Scottish Leaving Certificate Examination, 1957
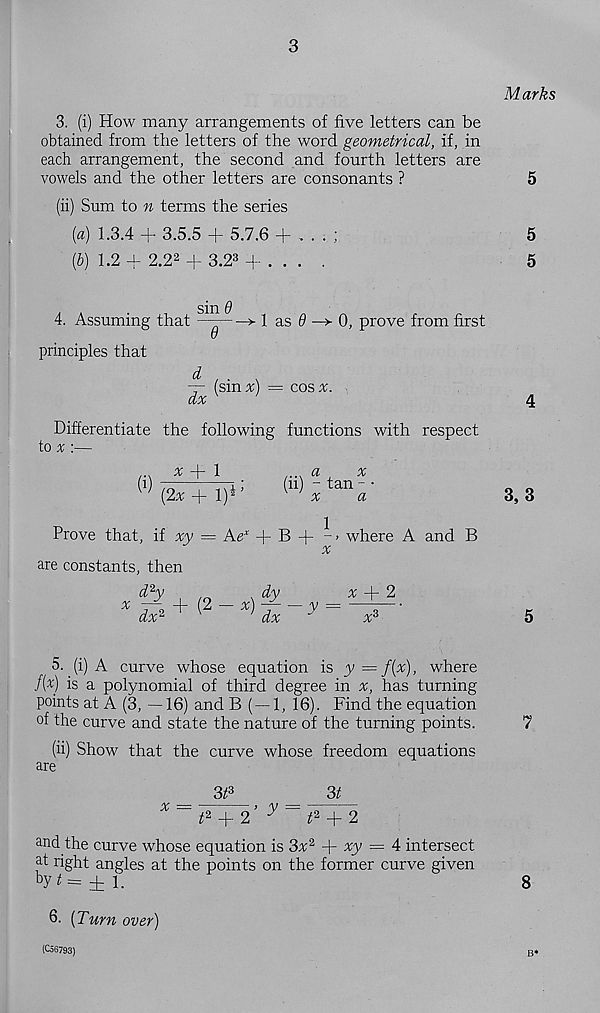
3
Marks
3. (i) How many arrangements of five letters can be
obtained from the letters of the word geometrical, if, in
each arrangement, the second and fourth letters are
vowels and the other letters are consonants ?
5
(ii) Sum to n terms the series
(a) 1.3.4 + 3.5.5 + 5.7.6 + ....;
5
{b) 1.2 + 2.2 2 + 3.2 3 + . . . .
5
4. Assuming that
principles that
sin 9
1 as 0 —> 0, prove from first
dx
(sin%) = cos:r.
Differentiate the following functions with respect
to * :—
(i)
* -f 1
{2x + l) 4 '
a
x
(u) - tan - •
x
a
1
Prove that, if xy — Ae x + B +
where A and B
x
are constants, then
d 2 y
dy
^ + 2
x ^ + {2~x) li~y = ~'
4
3, 3
5
5. _(i)A curve whose equation is y=f{x), where
f[x) is a polynomial of third degree in %, has turning
points at A (3, —16) and B ( — 1, 16). Find the equation
of the curve and state the nature of the turning points.
7
(ii) Show that the curve whose freedom equations
are
3/ 3
3t
*2 + 2 ^
*2 + 2
and the curve whose equation is 3;k 2 + yy = 4 intersect
a t right angles at the points on the former curve given
b y^=±i.
8
6. {Turn over)
(Co6793)